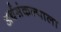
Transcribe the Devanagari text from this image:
अर्थसंकल्पाला